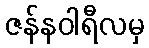
ဇန်နဝါရီလမှ